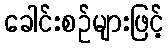
ခေါင်းစဉ်များဖြင့်